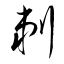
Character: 剃